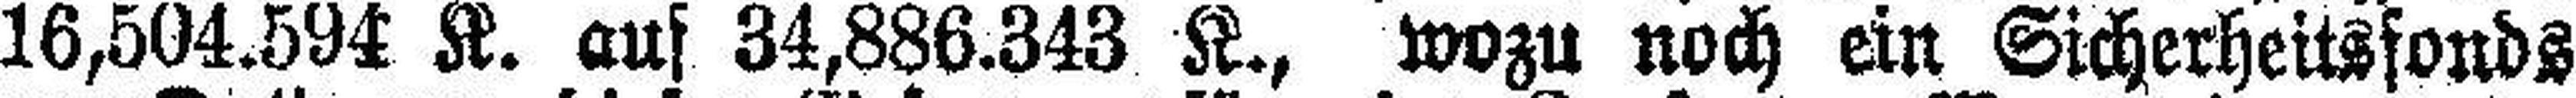
16,504.594 K. aus 34,886.343 K., wozu noch ein Sicherheitsfonds